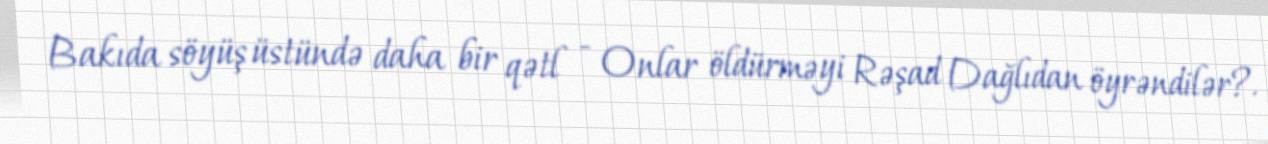
Bakıda söyüş üstündə daha bir qətl - Onlar öldürməyi Rəşad Dağlıdan öyrəndilər?.